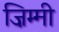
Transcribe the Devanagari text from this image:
ज़िम्मी